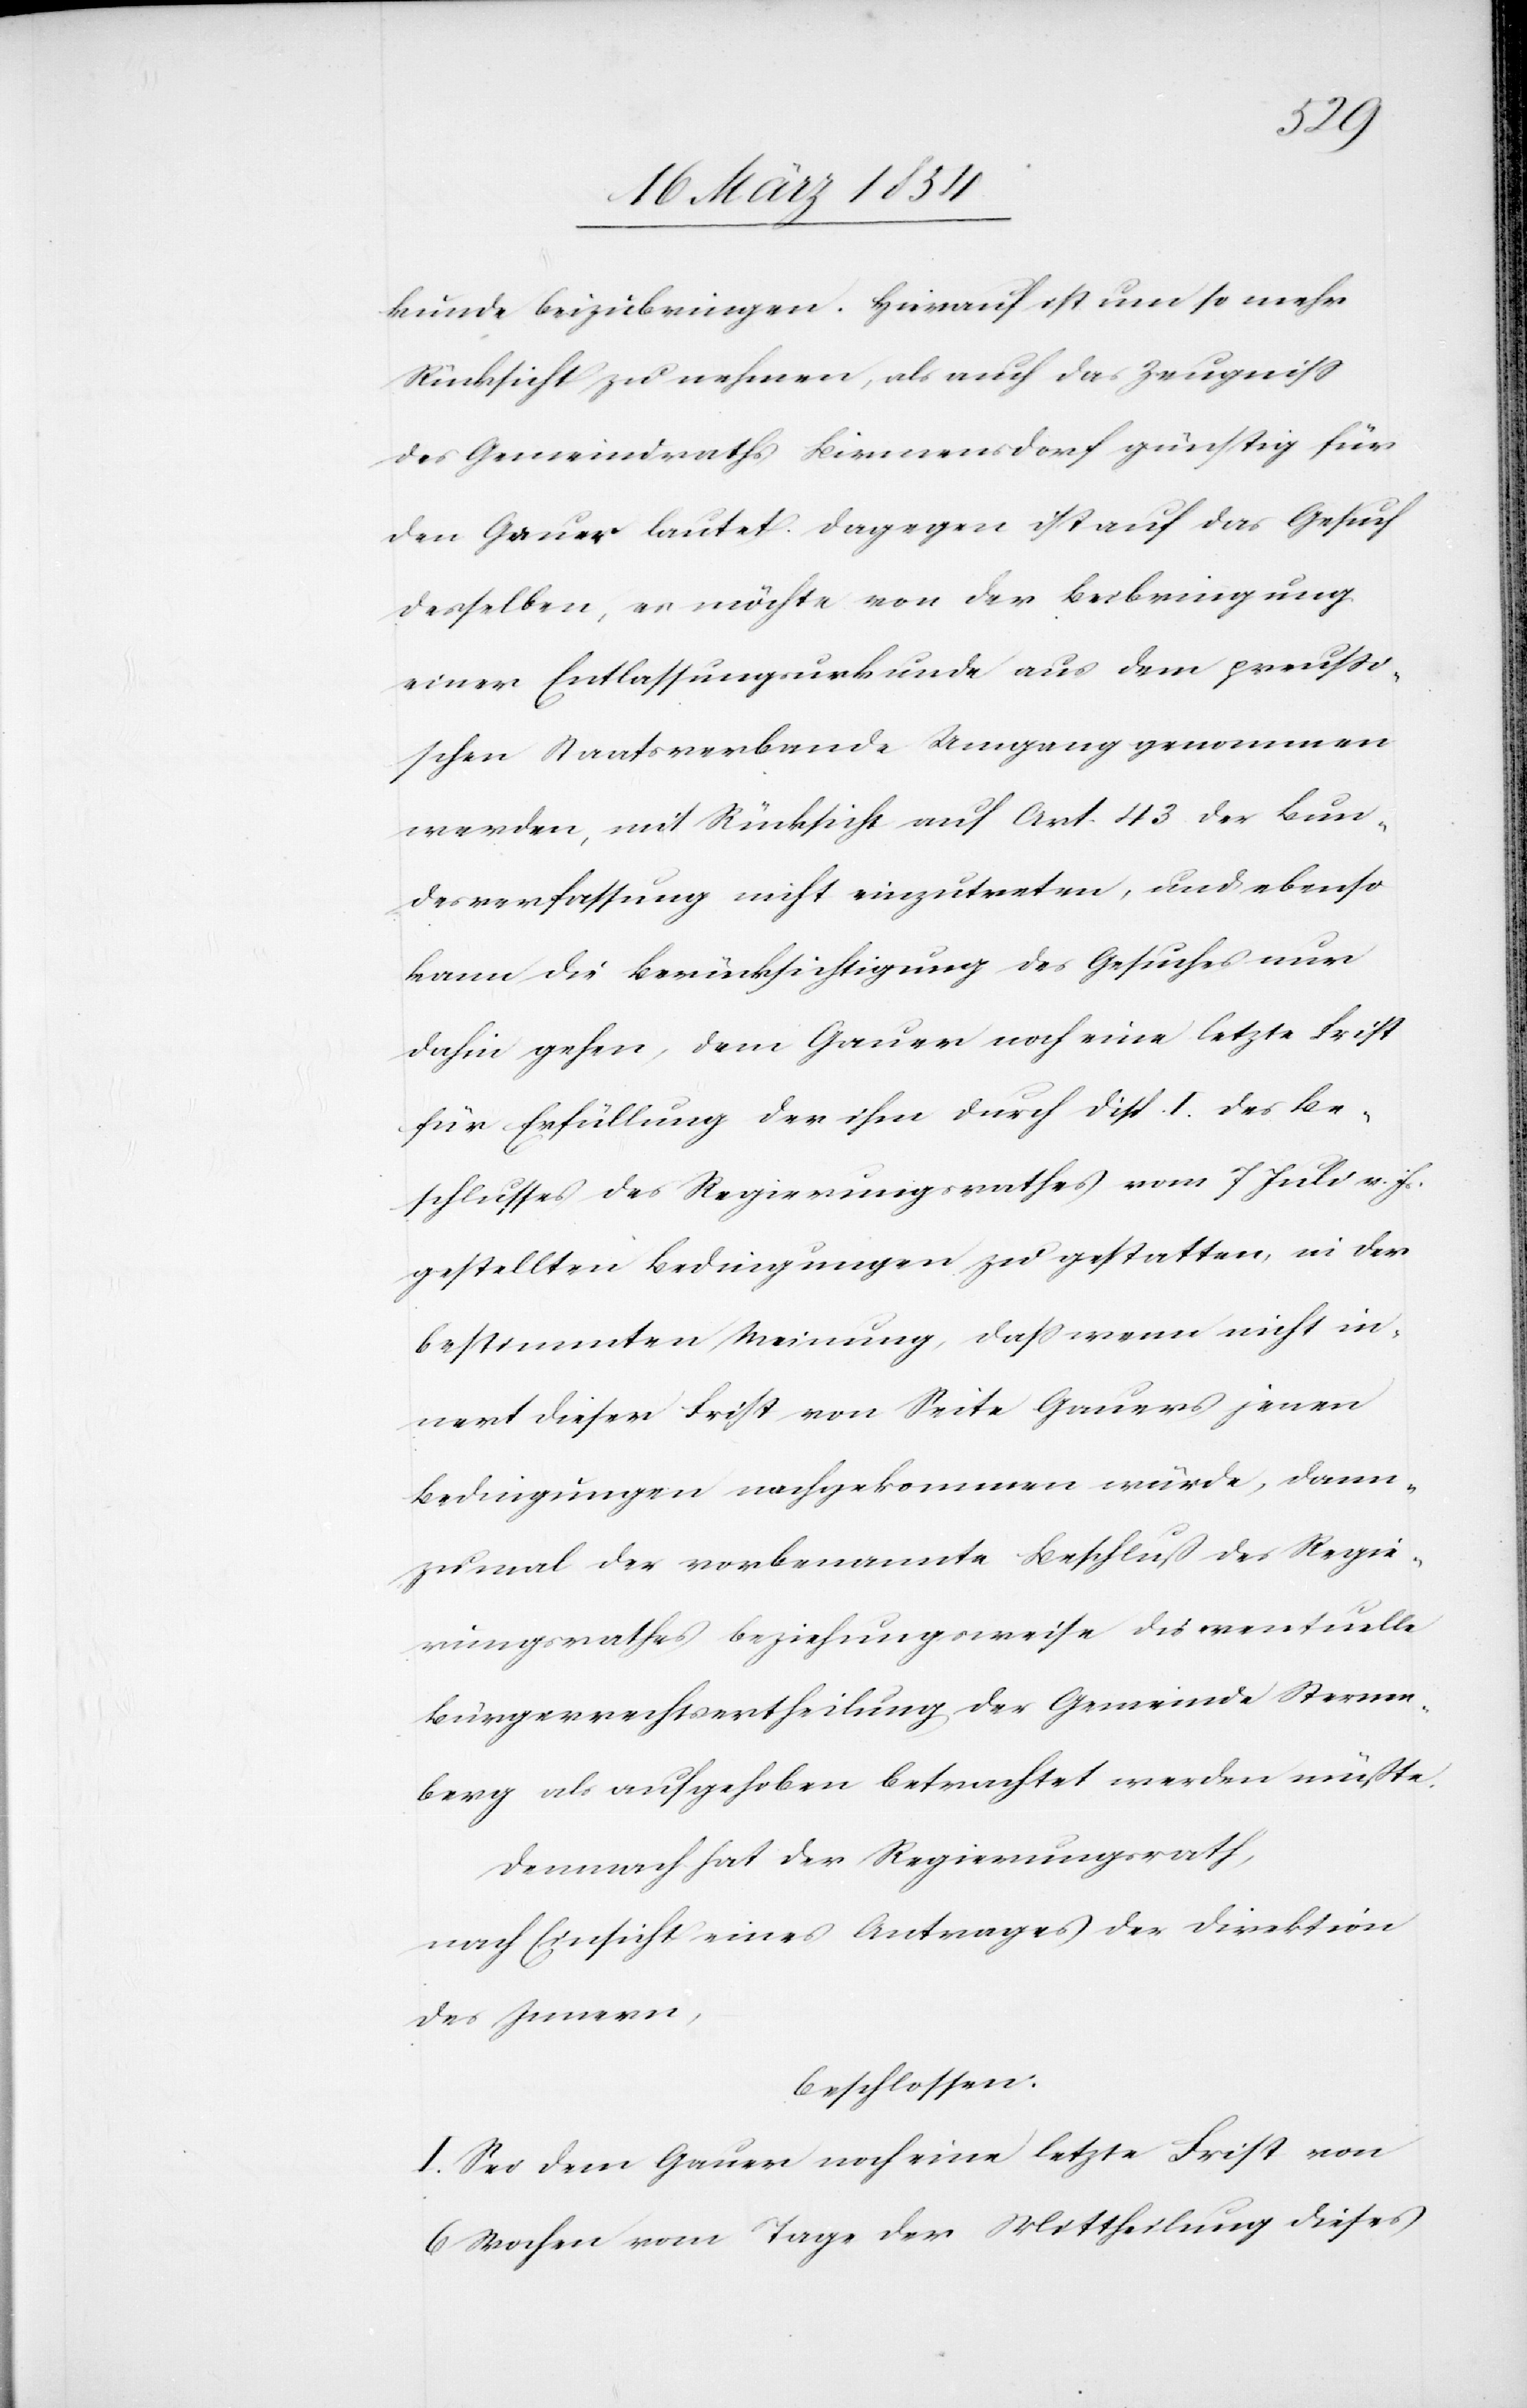
kunde beizubringen. Hierauf ist um so mehr
Rücksicht zu nehmen, als auch das Zeugniß
des Gemeindraths Birmensdorf günstig für
den Gauer lautet. Dagegen ist auf das Gesuch
desselben, es möchte von der Beibringung
einer Entlassungsurkunde aus dem preußi¬
schen Staatsverbande Umgang genommen
werden, mit Rücksicht auf Art. 43 der Bun¬
desverfassung nicht einzutreten, und ebenso
kann die Berücksichtigung des Gesuches nur
dahin gehen, dem Gauer noch eine letzte Frist
für Erfüllung der ihm durch Disp. I. des Be¬
schlußes des Regierungsrathes vom 7 Juli v. Js.
gestellten Bedingungen zu gestatten, in der
bestimmten Meinung, daß wenn nicht in¬
nert dieser Frist von Seite Gauers jenen
Bedingungen nachgekommen würde, dann¬
zumal der vorbenannte Beschluß des Regie¬
rungsrathes beziehungsweise die eventuelle
Bürgerrechtsertheilung der Gemeinde Sternen¬
berg als aufgehoben betrachtet werden müßte.
Demnach hat der Regierungsrath,
nach Einsicht eines Antrages der Direktion
des Innern,
beschlossen:
I. Sei dem Gauer noch eine letzte Frist von
6 Wochen vom Tage der Mittheilung dieses